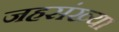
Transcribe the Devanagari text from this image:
जहसंख्या